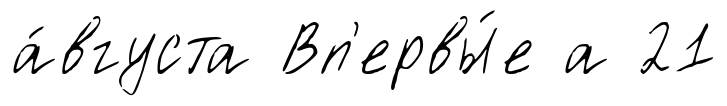
а́вгуста Вп'ервы́е а 21